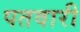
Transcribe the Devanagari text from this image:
पतवारी